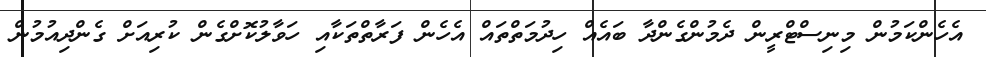
އެހެންކަމުން މިނިސްޓްރީން ދެމުންގެންދާ ބައެއް ހިދުމަތްތައް އެހެން ފަރާތްތަކާއި ހަވާލުކޮށްގެން ކުރިއަށް ގެންދިއުމުން